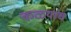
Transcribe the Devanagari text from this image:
कळयांच